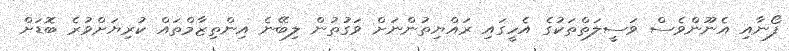
ފޯނާއި އެނޫންވެސް ވަސީލަތްތަކުގެ އެހީގައި ރައްޔިތުންނަށް ވަގުތުން ލިބޭނެ އިންތިޒާމްތައް ކުރިޔަށްވުރެ ބޮޑަށް